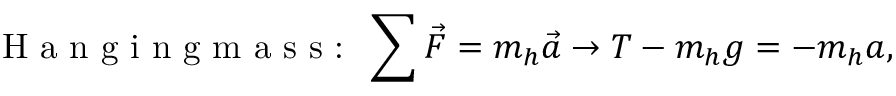
\textrm { H a n g i n g m a s s : } \, \sum \vec { F } = m _ { h } \vec { a } \rightarrow T - m _ { h } g = - m _ { h } a ,